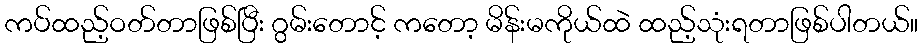
ကပ်ထည့်ဝတ်တာဖြစ်ပြီး ဂွမ်းတောင့် ကတော့ မိန်းမကိုယ်ထဲ ထည့်သုံးရတာဖြစ်ပါတယ်။